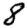
Digit: 8